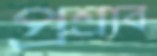
প্রশ্রাব